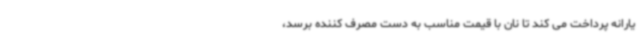
یارانه پرداخت می کند تا نان با قیمت مناسب به دست مصرف کننده برسد،